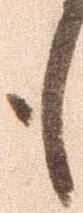
も